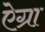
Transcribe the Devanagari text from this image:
ऐग्रा